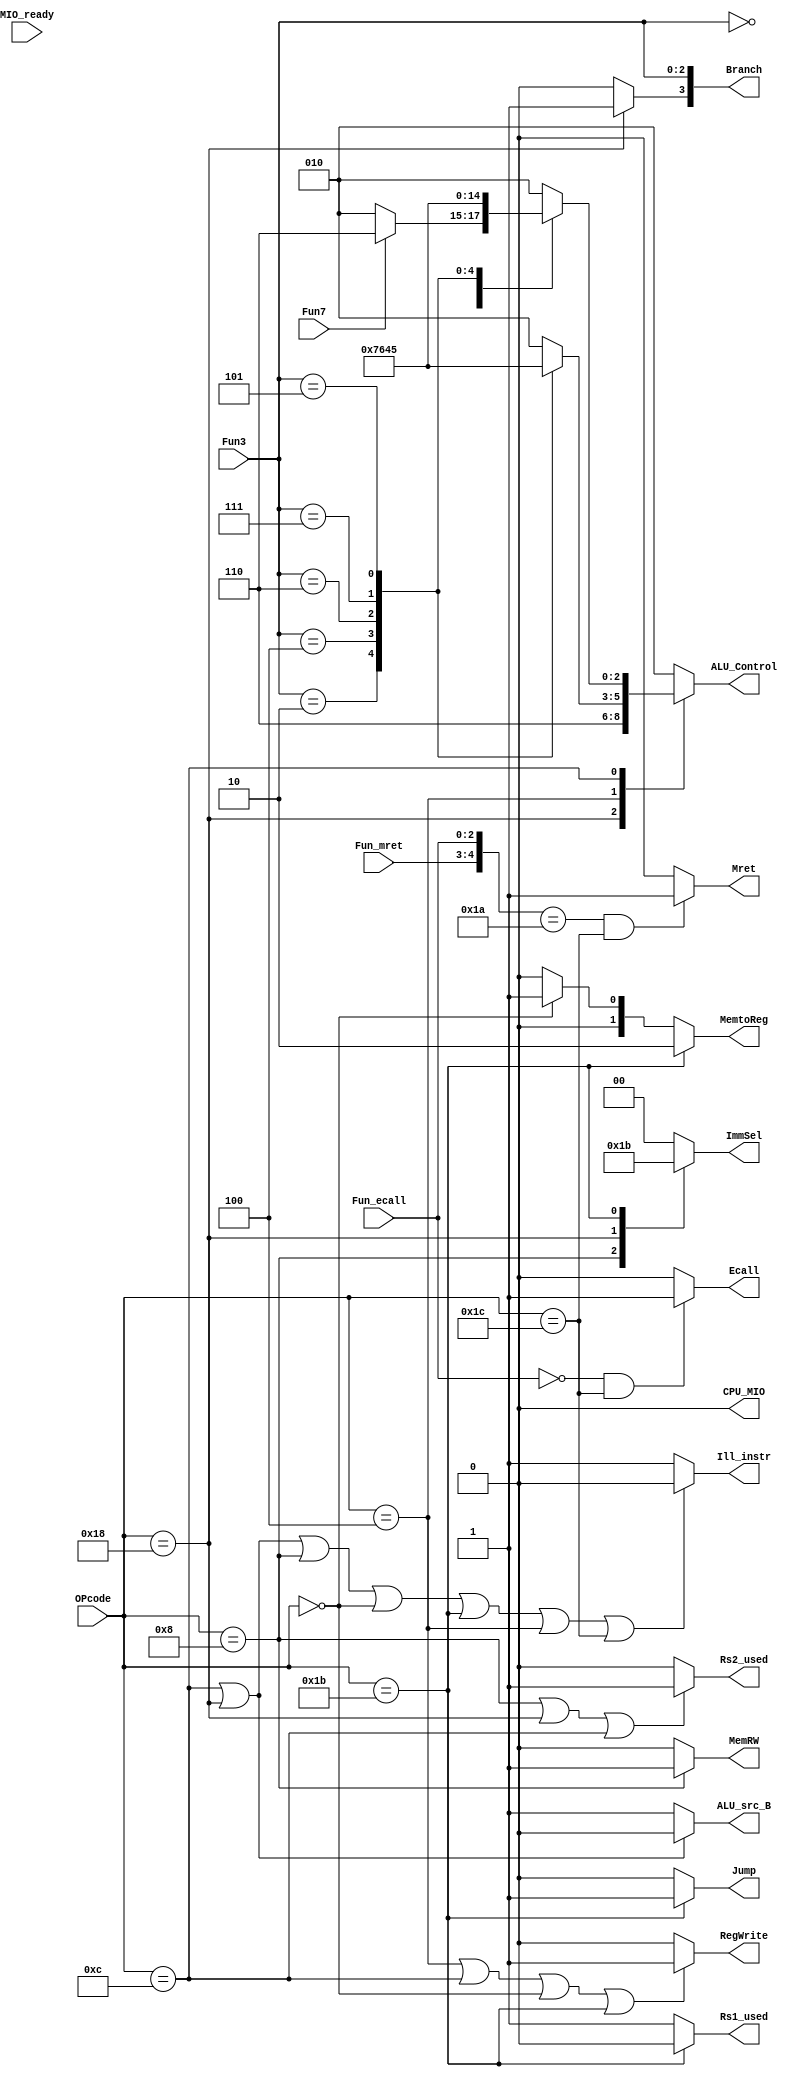
`timescale 1ns / 1ps
//////////////////////////////////////////////////////////////////////////////////
// Company: 
// Engineer: 
// 
// Design Name: 
// Module Name: SCPU_ctrl
// Project Name: 
// Target Devices: 
// Tool Versions: 
// Description: 
// 
// Dependencies: 
// 
// Revision:
// Revision 0.01 - File Created
// Additional Comments:
// 
//////////////////////////////////////////////////////////////////////////////////


module SCPU_ctrl(
    input [4:0] OPcode,     //Instruction[6:2]
    input [2:0] Fun3,       //Instruction[14:12]
    input Fun7,             //Instruction[30]
    input [2:0] Fun_ecall,  //Instruction[22:20]
    input [1:0] Fun_mret,   //Instruction[29:28]
    input MIO_ready,
    
    output reg [1:0] ImmSel,
    output reg [2:0] ALU_Control,
    output reg [1:0] MemtoReg,
    output reg ALU_src_B,   //
    output reg [3:0] Branch,
    output reg Jump,MemRW,RegWrite,CPU_MIO,
    output reg Ecall,Mret,Ill_instr,
    output reg Rs1_used,            //Rs1
    output reg Rs2_used             //Rs2
    );
    
    parameter 
        B_opcode=5'b11000,      //beq,bne,bge
        R_opcode=5'b01100,      //add,sub.or,and,xor
        S_opcode=5'b01000,      //sd,sw,
        L_opcode=5'b00000,      //ld,lw
        JAL_opcode=5'b11011,    //jal
        I_opcode = 5'b00100,    //addi,slti,xori,ori,andi
        CSR_opcode = 5'b11100;  // mret, ecall
    parameter                   // for ALU_SrcB
        REG_choose = 0,
        IMM_choose = 1;
    parameter                   // for ALU_Control
        AND_choose = 3'b000,
        OR_choose  = 3'b001,
        ADD_choose = 3'b010,
        SUB_choose = 3'b110,
        SLTI_choose =3'b111,
        NOR_choose = 3'b100,
        SRL_choose = 3'b101,
        XOR_choose = 3'b011; 
    parameter                   // for mret
        MRET_choose = 5'b11010; 
    parameter                   // for ecall
        ECALL_choose = 3'b000;   

    always @(*) begin
        case (OPcode)
            L_opcode: ImmSel <= 2'b00;
            I_opcode: ImmSel <= 2'b00;
            S_opcode: ImmSel <= 2'b01;
            B_opcode: ImmSel <= 2'b10;
            JAL_opcode: ImmSel <= 2'b11;
            //R_opcode: don't care
            default: ImmSel <= 2'b00;
        endcase
        
        // case
        case (OPcode)
            B_opcode: ALU_Control <= SUB_choose;
            S_opcode: ALU_Control <= ADD_choose;
            L_opcode: ALU_Control <= ADD_choose;
            I_opcode:
                case (Fun3)
                    3'b000: ALU_Control <= ADD_choose;
                    3'b010: ALU_Control <= SLTI_choose;
                    3'b100: ALU_Control <= XOR_choose;
                    3'b110: ALU_Control <= OR_choose;
                    3'b111: ALU_Control <= AND_choose;
                    3'b101: ALU_Control <= SRL_choose;
                    default: ALU_Control <= ADD_choose;
                endcase
            R_opcode:
                case (Fun3)
                    3'b000: ALU_Control <= (Fun7==0)?ADD_choose:SUB_choose;
                    3'b010: ALU_Control <= SLTI_choose;
                    3'b100: ALU_Control <= XOR_choose;
                    3'b110: ALU_Control <= OR_choose;
                    3'b111: ALU_Control <= AND_choose;
                    3'b101: ALU_Control <= SRL_choose;
                    default: ALU_Control <= ADD_choose;
                endcase
            //JAL_opcode:  don't care
            default: ALU_Control <= ADD_choose;
        endcase

        MemtoReg <= (OPcode == JAL_opcode)?2:((OPcode==L_opcode)?1:0);
        ALU_src_B <= (OPcode==R_opcode || OPcode==B_opcode)?REG_choose:IMM_choose;   
        Jump <= (OPcode==JAL_opcode)?1:0;   
        Branch <= {(OPcode == B_opcode?1'b1:1'b0),Fun3};
        RegWrite <= (OPcode == I_opcode || OPcode == R_opcode || OPcode==L_opcode || OPcode==JAL_opcode)?1:0;
        MemRW <= (OPcode == S_opcode)?1:0;
        Ecall <= (Fun_ecall == ECALL_choose && OPcode == CSR_opcode)?1:0;
        Mret <= ({Fun_mret,Fun_ecall} == MRET_choose && OPcode == CSR_opcode)?1:0;
        Ill_instr <= (OPcode == B_opcode || OPcode == R_opcode || OPcode == S_opcode || OPcode == L_opcode || OPcode == JAL_opcode || OPcode == I_opcode || OPcode == CSR_opcode)?0:1;
        CPU_MIO <= 0;    // not use
        Rs1_used = OPcode == JAL_opcode ? 0 : 1;            //Rs1
        Rs2_used = OPcode == S_opcode || OPcode == B_opcode || OPcode == R_opcode ? 1 : 0;            //Rs2
    end
    
endmodule